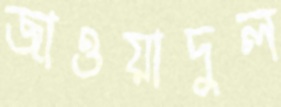
জাওয়াদুল